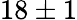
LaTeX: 18\pm 1